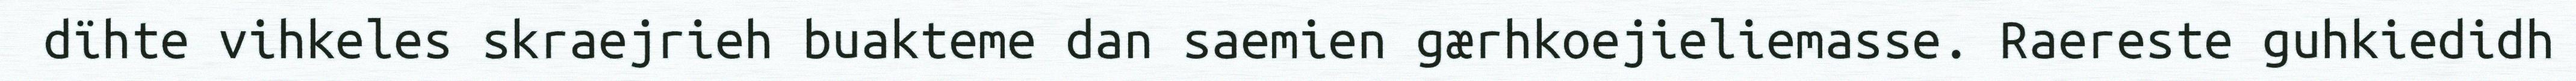
dïhte vihkeles skraejrieh buakteme dan saemien gærhkoejieliemasse. Raereste guhkiedidh